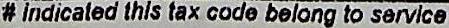
# INDICATED THIS TAX CODE BELONG TO SERVICE